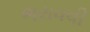
ભરાવવી